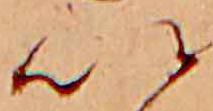
い